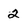
Character: 2